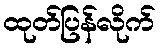
ထုတ်ပြန်လိုက်